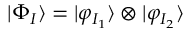
\ensuremath { \vert \Phi _ { I } \rangle } = \ensuremath { \vert \varphi _ { I _ { 1 } } \rangle } \otimes \ensuremath { \vert \varphi _ { I _ { 2 } } \rangle }